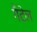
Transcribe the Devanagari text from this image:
गैटेल